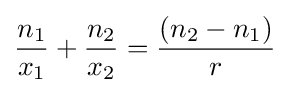
{\frac {n_{1}}{x_{1}}}+{\frac {n_{2}}{x_{2}}}={\frac {\left(n_{2}-n_{1}\right)}{r}}\,\!